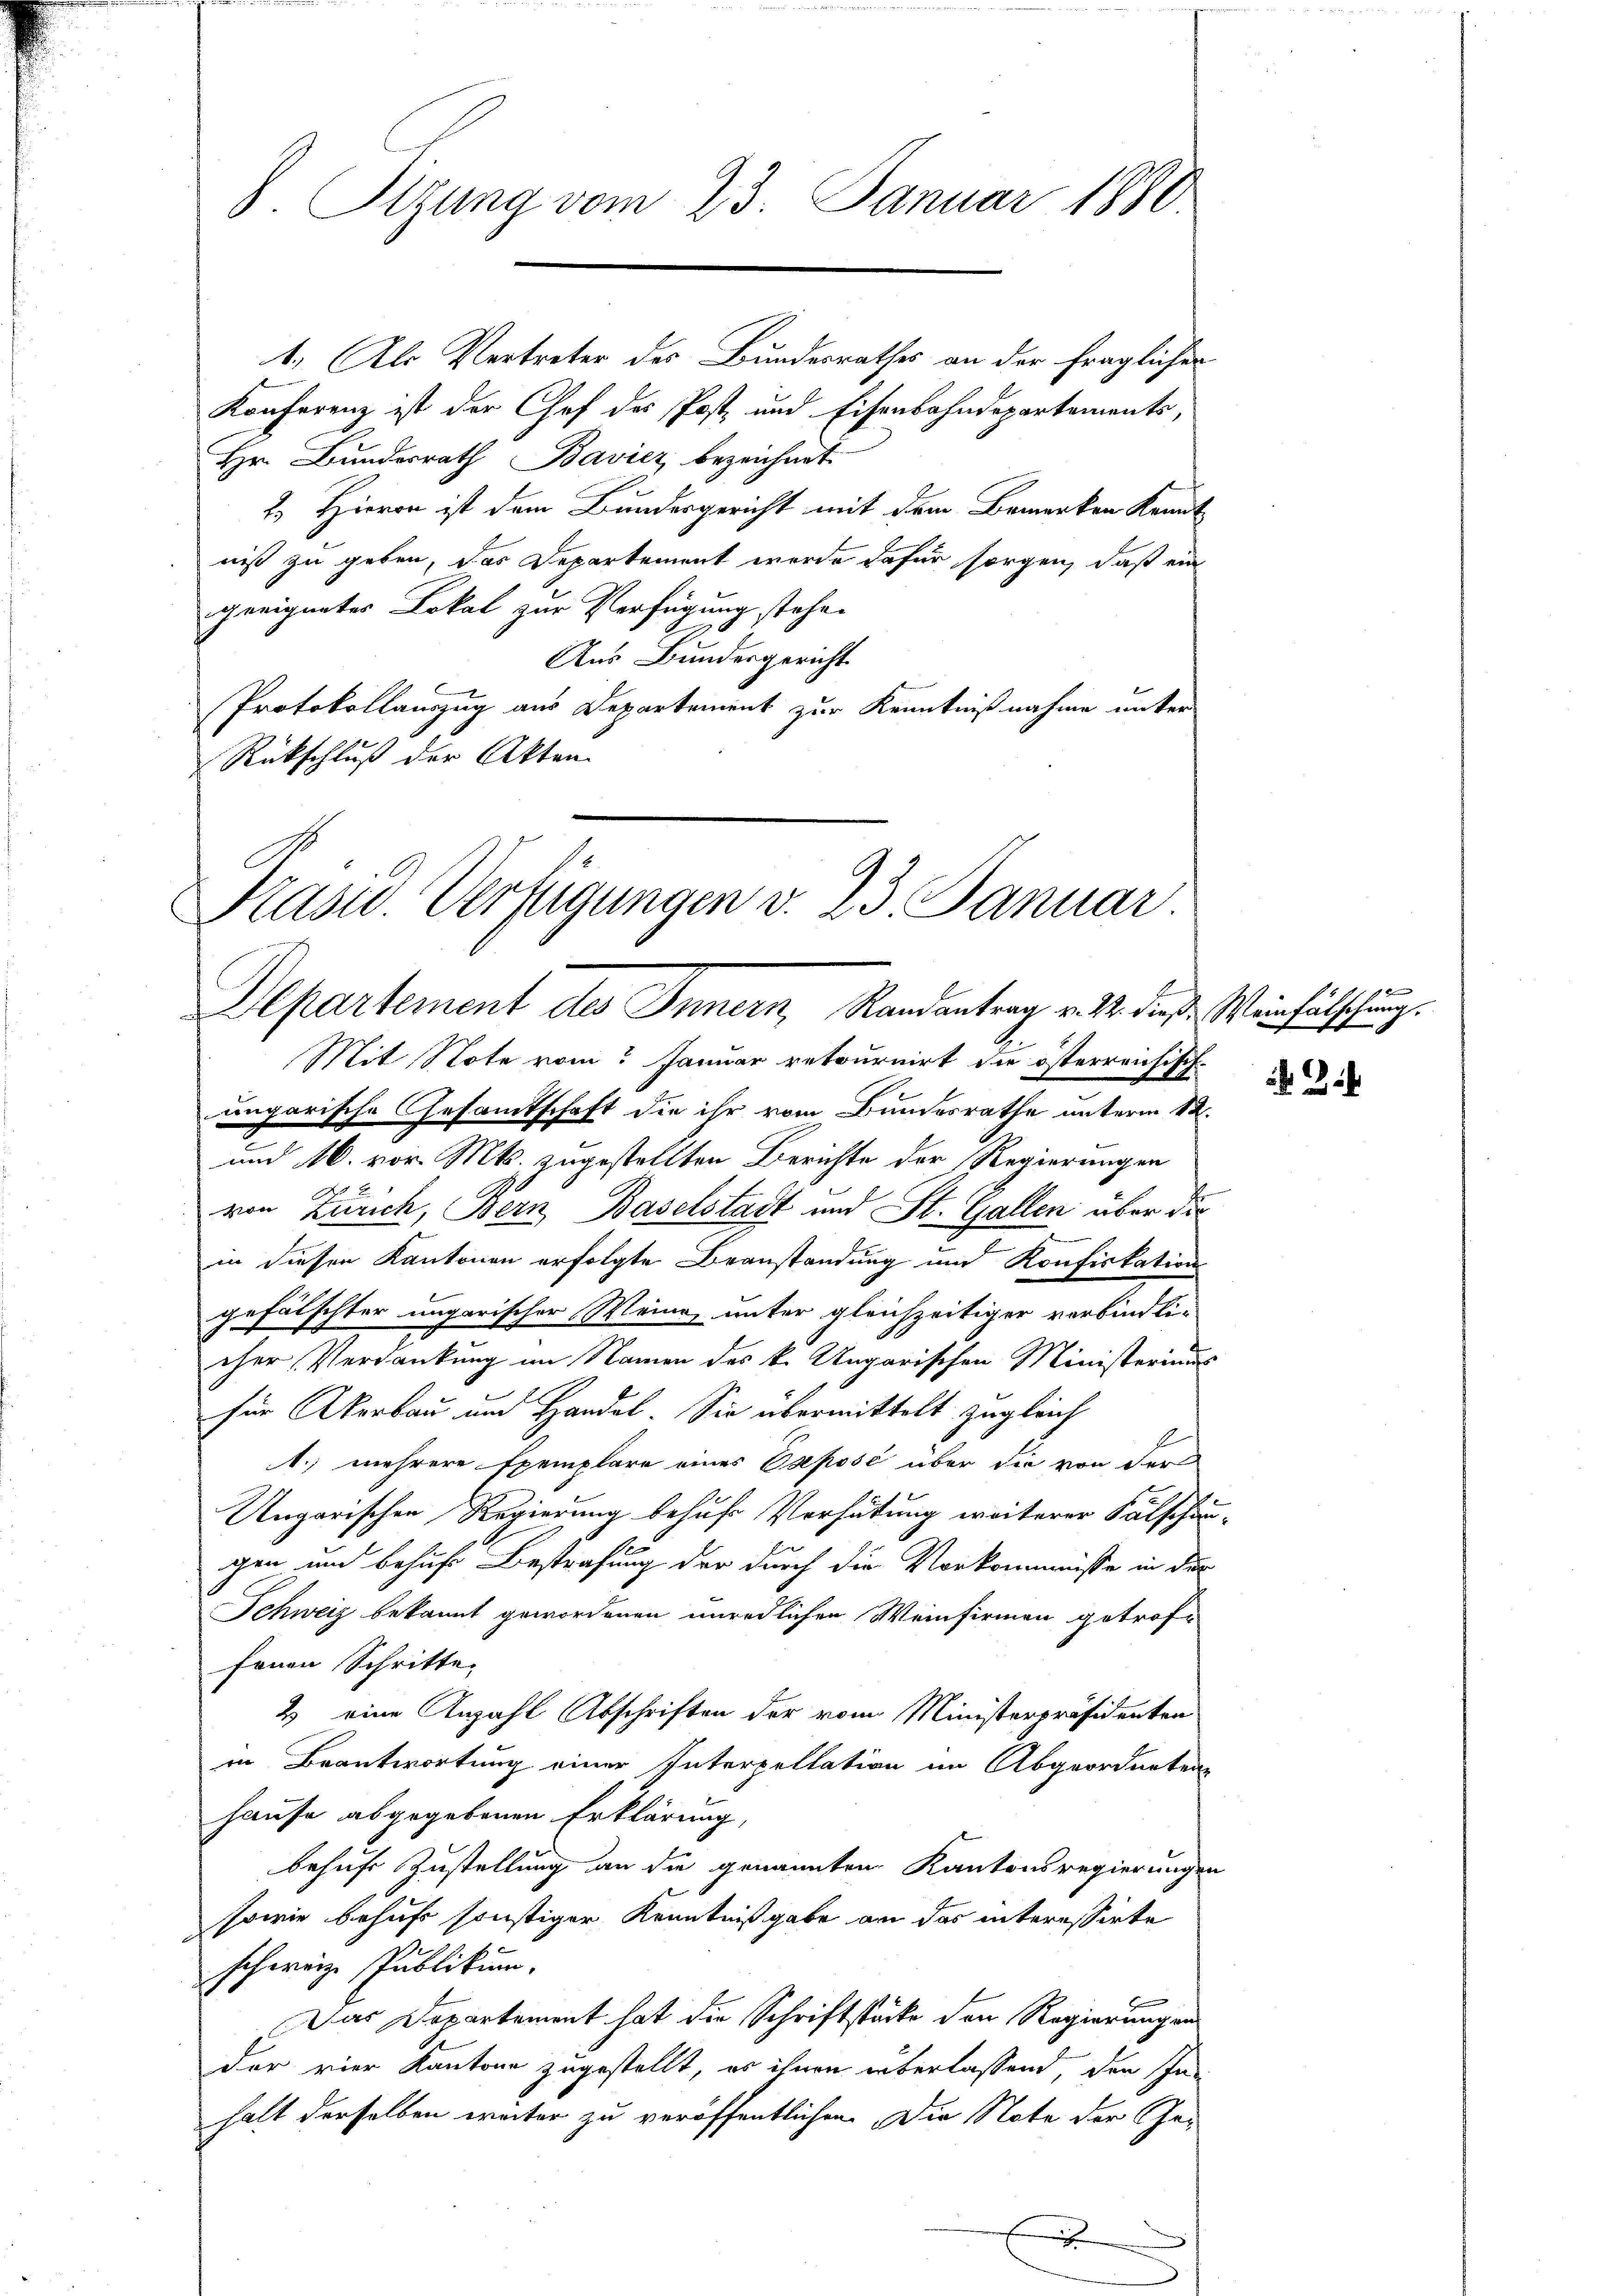
S. Tizung vom 23. Januar 1880

1.) Als Vertreter des Bundesrathes an der fraglicher
Konferenz ist der Chef des Post- und Eisenbahndepartaments,
Hr. Bundesrath Bavier bezeichnet.
2.) Hievon ist dem Bundesgericht mit dem Bemerken kannt
niß zu geben, das Departement werde dafür sorgen, daß ein
geeignetes Lokal zur Verfügung stehe.
Aus Bundesgericht
Protokollauszug aus Departement zur Kenntnißnahme unter
Rückschluß der Akten.

Präsid.. Verfügungen v. 23. Januar
Departement des Innern, Randantrag v. M. diese Weinfälschung.
Mit Note vom Januar retournirt die österreichisch

ungarische Gesamtschaft die ihr vom Bundesrathe unterm 12.
und 16. vor. Mts. zugestellten Berichte der Regierungen
von Zürich, Bern, Baselstadt und St. Gallen über die
in diesen Kantonen erfolgte Beanstandung und Konfiskations
gefälschter ungarischer Weine, unter gleichzeitiger verbindli-
cher Verdankung im Namen des k. Ungarischen Ministeriums
für Akerbau und Handel. Sie übermittelt zugleich
1. mehrere Exemplare eines Eseposé über die von der
Ungarischen Regierung behufs Verhütung weiterer Fälschau-
gen und behuf Bestrafung der durch die Vorkommnisse in der
Schweiz bekannt gewordenen unredlichen Weinfirmen getroffenen Schritte
2 eine Anzahl Abschriften der vom Ministerpräsidenten
in Beantwortung einer Interpellation im Abgeordneten
hause abgegebenen Erklärung,
behufe Zustellung an die genannten Kantonsregierungen
sowie behufs sonstiger Kenntnißgabe an das interessirte
schweize Publikum.
.
Das Departement hat die Schriftstücke den Regierung an
dar vier Kantone zugestellt, es ihnen überlassend, den In-
halt derselben weiter zu veröffentlichen Die Note der Gex